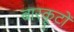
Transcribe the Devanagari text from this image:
बारकूटों